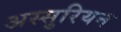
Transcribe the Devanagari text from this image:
अस्सुरियन